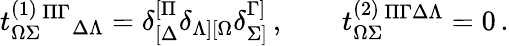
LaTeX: t_{\Omega\Sigma}^{(1)}{}^{\Pi\Gamma}{}_{\Delta\Lambda}=\delta_{[\Delta}^{[\Pi}\delta_{\Lambda][\Omega}\delta_{\Sigma]}^{\Gamma]}\, ,\qquad t_{\Omega\Sigma}^{(2)}{}^{\Pi\Gamma\Delta\Lambda}=0\, .